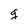
Character: g